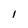
Character: l